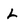
Character: L